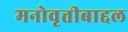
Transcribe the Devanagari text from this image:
मनोवृत्तीबाद्दल